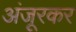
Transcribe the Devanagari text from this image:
अंजूरकर